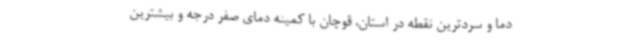
دما و سردترین نقطه در استان، قوچان با کمینه دمای صفر درجه و بیشترین